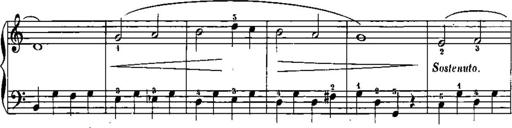
Title: Trois sonatines
Composer: Maurice Emmanuel